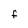
Character: F